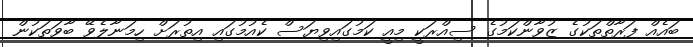
ބައެއް ފަރާތްތަކުގެ ޒުވާންކަމުގެ ސިއްރަކީ މިއީ ކަމުގައިވިޔަސް ކެއުމުގައި އިތުރަށް ހިމަނާލެވޭ ބާވަތަކުން